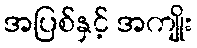
အပြစ်နှင့် အကျိုး